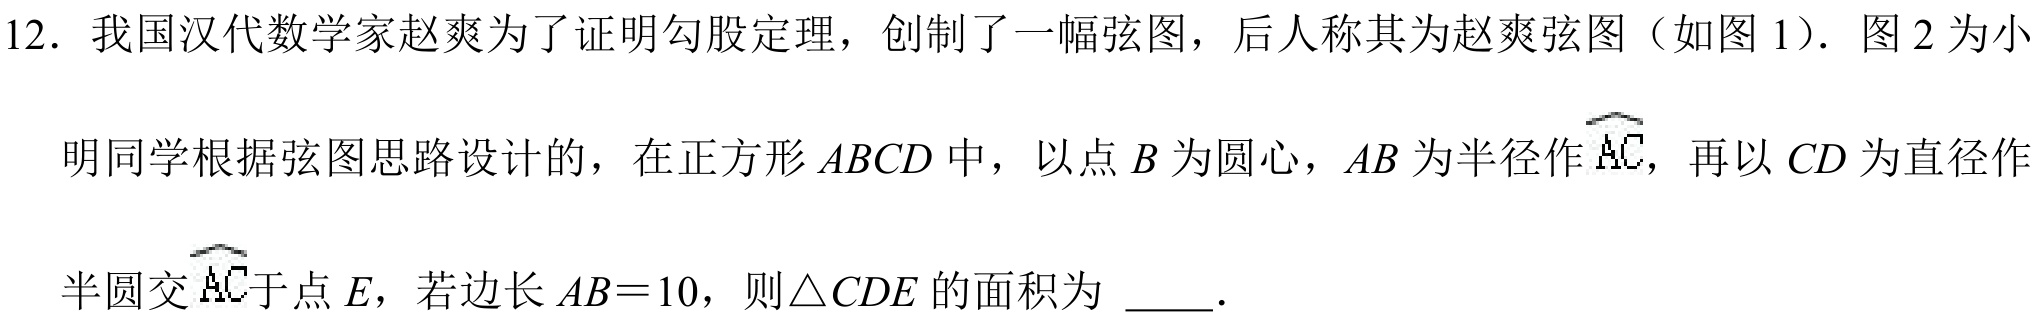
12. 我国汉代数学家赵爽为了证明勾股定理，创制了一幅弦图，后人称其为赵爽弦图（如图1）. 图2为小
明同学根据弦图思路设计的，在正方形\(ABCD\)中，以点\(B\)为圆心，\(AB\)为半径作\(\overset{\frown}{AC}\)，再以\(CD\)为直径作
半圆交\(\overset{\frown}{AC}\)于点\(E\)，若边长\(AB = 10\)，则\(\triangle CDE\)的面积为 \underline{\quad\quad}．